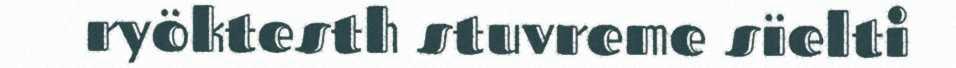
ryöktesth stuvreme sïelti